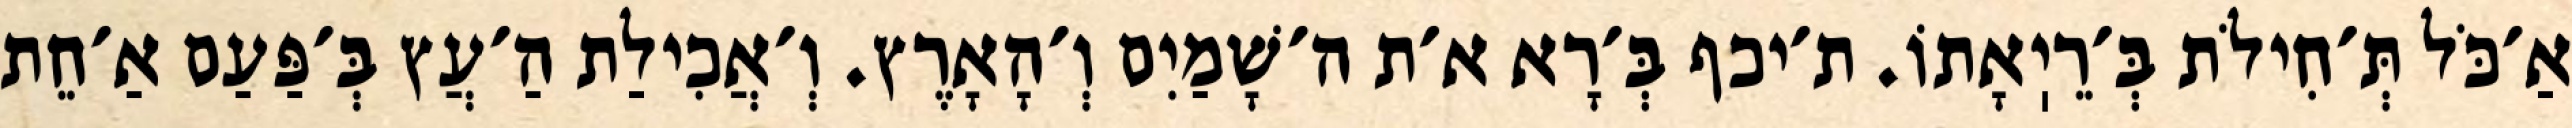
אַ׳כֹּל תְּ׳חִילֹת בְּ׳רֵיֽאָתוֹ. ת׳יכף בְּ׳רָא א׳ת ה׳שָׁמַיִם וְ׳הָאָרֶץ. וְ׳אֲכִילַת הַ׳עֲץ בְּ׳פַּעַם אַ׳חֵת